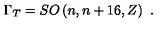
\Gamma _ { T } = S O \left( n , n + 1 6 , Z \right) \ .